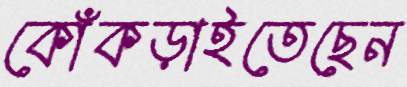
কোঁকড়াইতেছেন